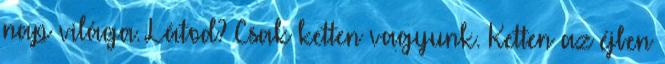
nap világa. Látod? Csak ketten vagyunk. Ketten az éjben